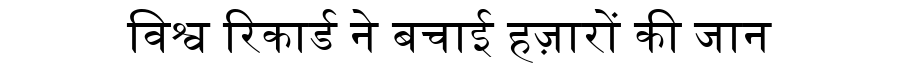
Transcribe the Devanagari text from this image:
विश्व रिकार्ड ने बचाई हज़ारों की जान